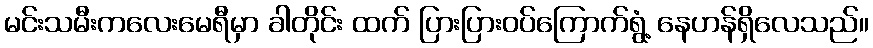
မင်းသမီးကလေးမေရီမှာ ခါတိုင်း ထက် ပြားပြားဝပ်ကြောက်ရွံ့ နေဟန်ရှိလေသည်။